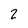
Character: 2